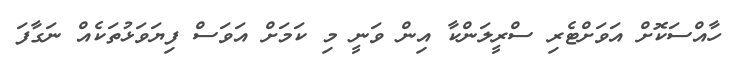
ހާއްސަކޮށް އަވަށްޓެރި ސްރީލަންކާ އިން ވަނީ މި ކަމަށް އަވަސް ފިޔަވަޅުތަކެއް ނަގާފަ